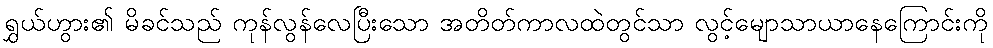
ရွှယ်ဟွား၏ မိခင်သည် ကုန်လွန်လေပြီးသော အတိတ်ကာလထဲတွင်သာ လွင့်မျောသာယာနေကြောင်းကို